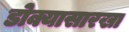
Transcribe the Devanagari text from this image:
डोक्यासारखा